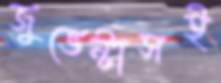
জুভেন্টাসই